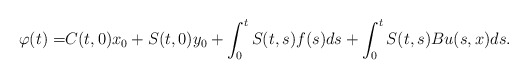
\begin{align*}\varphi(t)=&C(t,0)x_0+S(t,0)y_0+\int_0^t S(t,s)f(s)ds+\int_0^t S(t,s)Bu(s,x)ds.\end{align*}